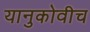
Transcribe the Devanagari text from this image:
यानुकोवीच